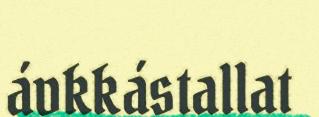
ávkkástallat